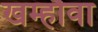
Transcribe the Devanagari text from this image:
खम्हौवा